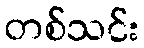
တစ်သင်း